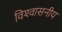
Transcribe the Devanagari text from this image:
विश्‍वासनीय